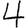
Digit: 4